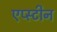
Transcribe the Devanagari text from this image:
एप्स्टीन